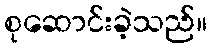
စုဆောင်းခဲ့သည်။